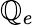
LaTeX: \mathbb{Q}_{e}